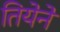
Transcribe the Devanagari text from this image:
तियेने